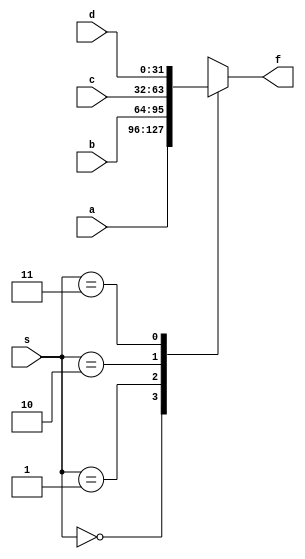
module mux_4_1 
#(
   parameter XLEN = 32
)

(
   a,
   b,
   c,
   d,
   s,
   f
);

input  [XLEN-1:0]  a;
input  [XLEN-1:0]  b;
input  [XLEN-1:0]  c;
input  [XLEN-1:0]  d;
input  [1:0]       s;
output reg [XLEN-1:0]  f;

always @ (*)
begin
   case(s)
      2'b00: f = a;
      2'b01: f = b;
      2'b10: f = c;
      2'b11: f = d;
      default: f = 32'hxxxxxxxx;
   endcase
end
endmodule